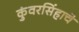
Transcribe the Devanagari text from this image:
कुंवरसिंहाचे